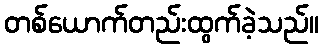
တစ်ယောက်တည်းထွက်ခဲ့သည်။